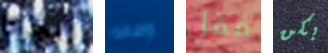
ريجينا وصفه قفل بكن